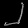
Digit: ၂